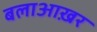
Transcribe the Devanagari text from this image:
बलाआख़र